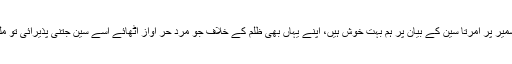
کالم کی دُم:کشمیر پر امرتا سین کے بیان پر ہم بہت خوش ہیں، اپنے یہاں بھی ظلم کے خلاف جو مرد حُر آواز اٹھائے اسے سین جتنی پذیرائی تو ملنا ہی چاہیے!